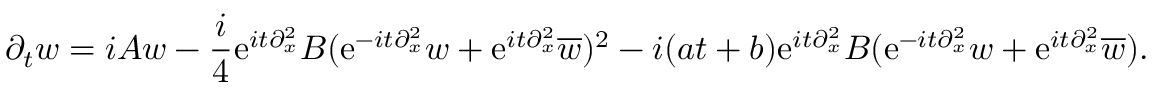
\partial _ { t } w = i A w - \frac { i } { 4 } \mathrm { e } ^ { i t \partial _ { x } ^ { 2 } } B ( \mathrm { e } ^ { - i t \partial _ { x } ^ { 2 } } w + \mathrm { e } ^ { i t \partial _ { x } ^ { 2 } } \overline { { w } } ) ^ { 2 } - i ( a t + b ) \mathrm { e } ^ { i t \partial _ { x } ^ { 2 } } B ( \mathrm { e } ^ { - i t \partial _ { x } ^ { 2 } } w + \mathrm { e } ^ { i t \partial _ { x } ^ { 2 } } \overline { { w } } ) .